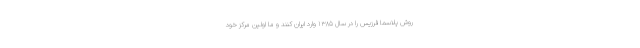
روش پلاسما فرزیس را در سال ۱۳۸۵ وارد ایران کنند و ما اولین مرکز خود